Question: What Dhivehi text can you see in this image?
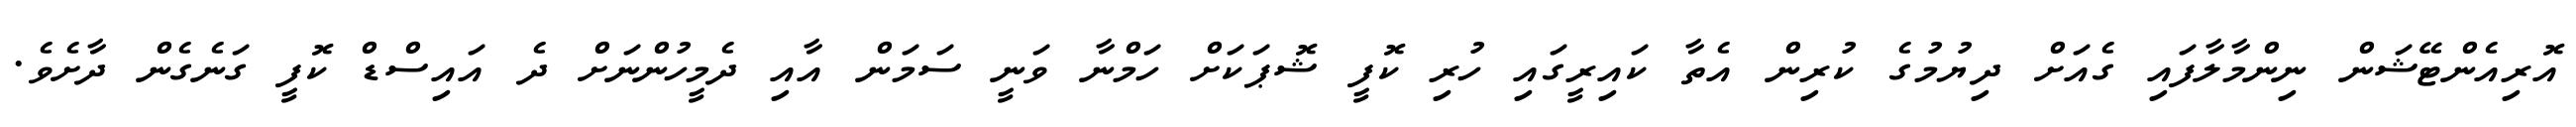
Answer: އޮރިއެންޓޭޝަން ނިންމާލާފައި ގެއަށް ދިޔުމުގެ ކުރިން އެތާ ކައިރީގައި ހުރި ކޮފީ ޝޮޕަކަށް ހަމްނާ ވަނީ ސަމަން އާއި ދެމީހުންނަށް ދެ އައިސްޑް ކޮފީ ގަނެގެން ދާށެވެ.